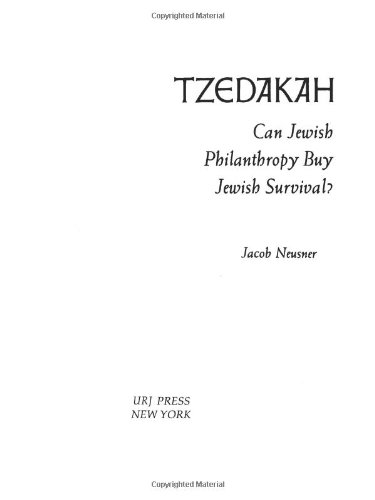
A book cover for Tzedakah: Can Jewish Philanthropy Buy Jewish Survival?; Jacob Neusner; Religion & Spirituality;